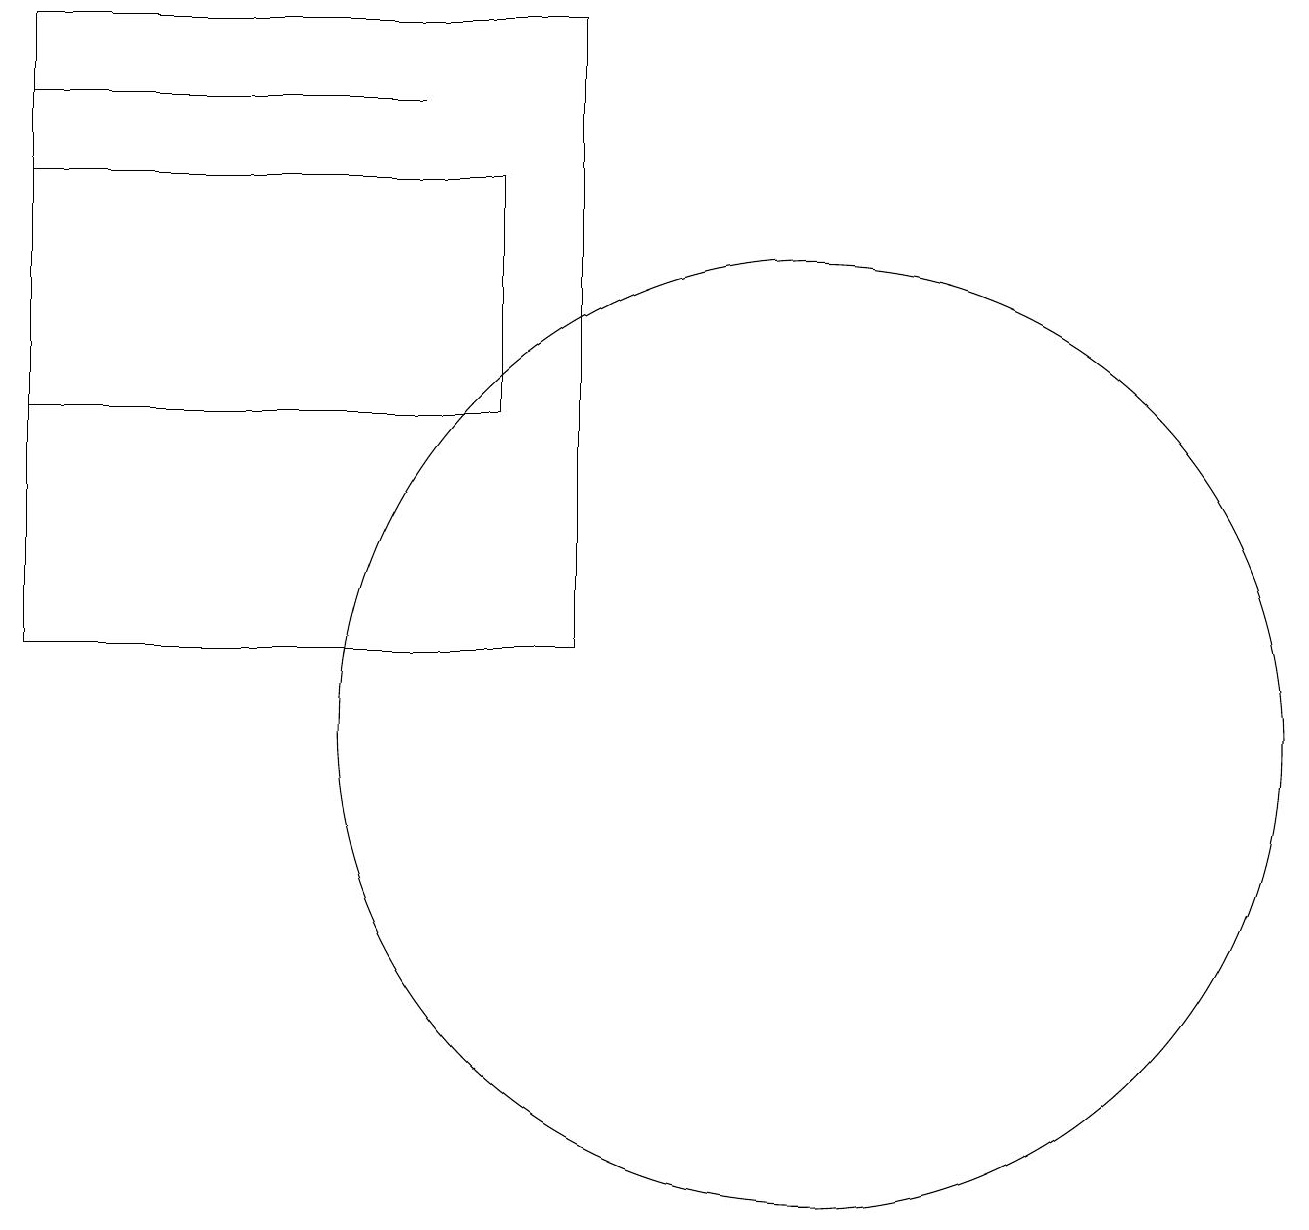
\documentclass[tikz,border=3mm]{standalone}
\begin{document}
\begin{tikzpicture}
\draw (11,10) circle (6);
\draw (7,14) rectangle (1,17);
\draw (1,19) rectangle (8,11);
\draw (1,18) rectangle (6,18);
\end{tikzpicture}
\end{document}